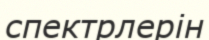
спектрлерін